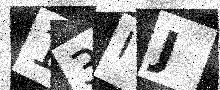
Text: 13IJ